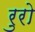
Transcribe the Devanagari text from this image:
रुरो